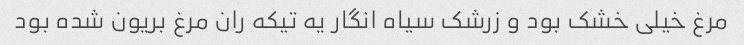
مرغ خیلی خشک بود و زرشک سیاه انگار یه تیکه ران مرغ بریون شده بود